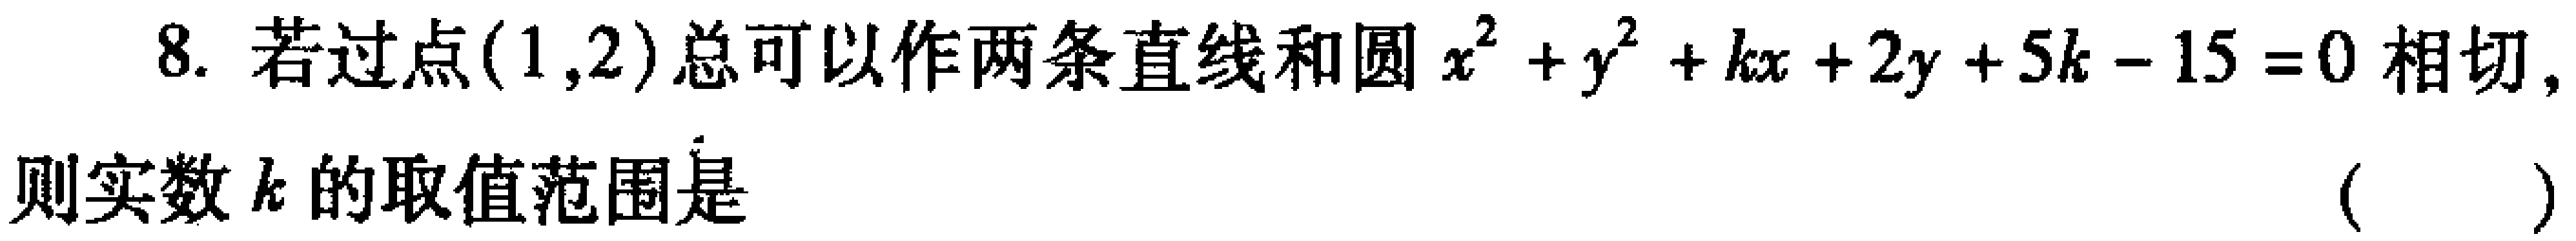
8. 若过点\((1,2)\)总可以作两条直线和圆\(x^{2}+y^{2}+kx + 2y + 5k - 15 = 0\)相切，则实数\(k\)的取值范围是（  ）